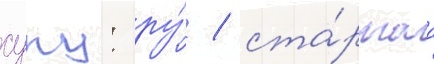
суку: ру́ / ста́ршаа